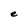
Character: e